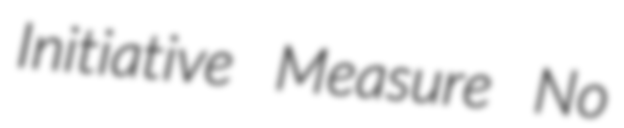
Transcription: Initiative Measure No